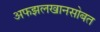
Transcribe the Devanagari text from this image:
अफझलखानसोबत